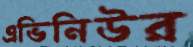
এভিনিউর